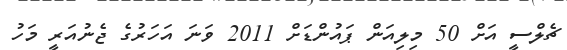
ޗެލްސީ އަށް 50 މިލިއަން ޕައުންޑަށް 2011 ވަނަ އަހަރުގެ ޖެނުއަރީ މަހު